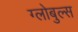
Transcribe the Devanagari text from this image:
ग्लोबुल्स